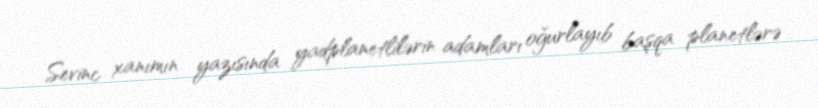
Sevinc xanımın yazısında yadplanetlilərin adamları oğurlayıb başqa planetlərə